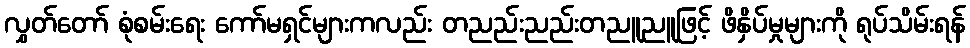
လွှတ်တော် စုံစမ်းရေး ကော်မရှင်များကလည်း တညည်းညည်းတညူညူဖြင့် ဖိနှိပ်မှုများကို ရုပ်သိမ်းရန်